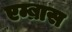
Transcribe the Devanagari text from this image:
एम्ब्रास